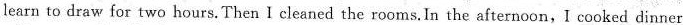
learn to draw for two hours.Then I cleaned the rooms.In the afternoon,I cooked dinner